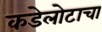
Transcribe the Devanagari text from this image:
कडेलोटाचा